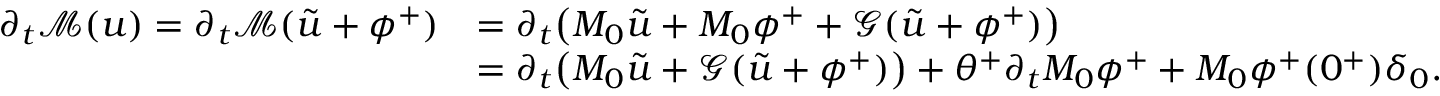
\begin{array} { r l } { \partial _ { t } \mathcal { M } ( u ) = \partial _ { t } \mathcal { M } ( \tilde { u } + \phi ^ { + } ) } & { = \partial _ { t } \bigl ( M _ { 0 } \tilde { u } + M _ { 0 } \phi ^ { + } + \mathcal { G } ( \tilde { u } + \phi ^ { + } ) \bigr ) } \\ & { = \partial _ { t } \bigl ( M _ { 0 } \tilde { u } + \mathcal { G } ( \tilde { u } + \phi ^ { + } ) \bigr ) + \theta ^ { + } \partial _ { t } M _ { 0 } \phi ^ { + } + M _ { 0 } \phi ^ { + } ( 0 ^ { + } ) \delta _ { 0 } . } \end{array}